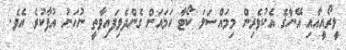
ލީރޯއީއާއި އޭނާގެ އެކުވެރިން މިމައްސަލަ ކޯޓާ ހަމައަށް ގެންދެވިފައިވާތީ ނުހަނު އުފާކުރެ އެވެ.